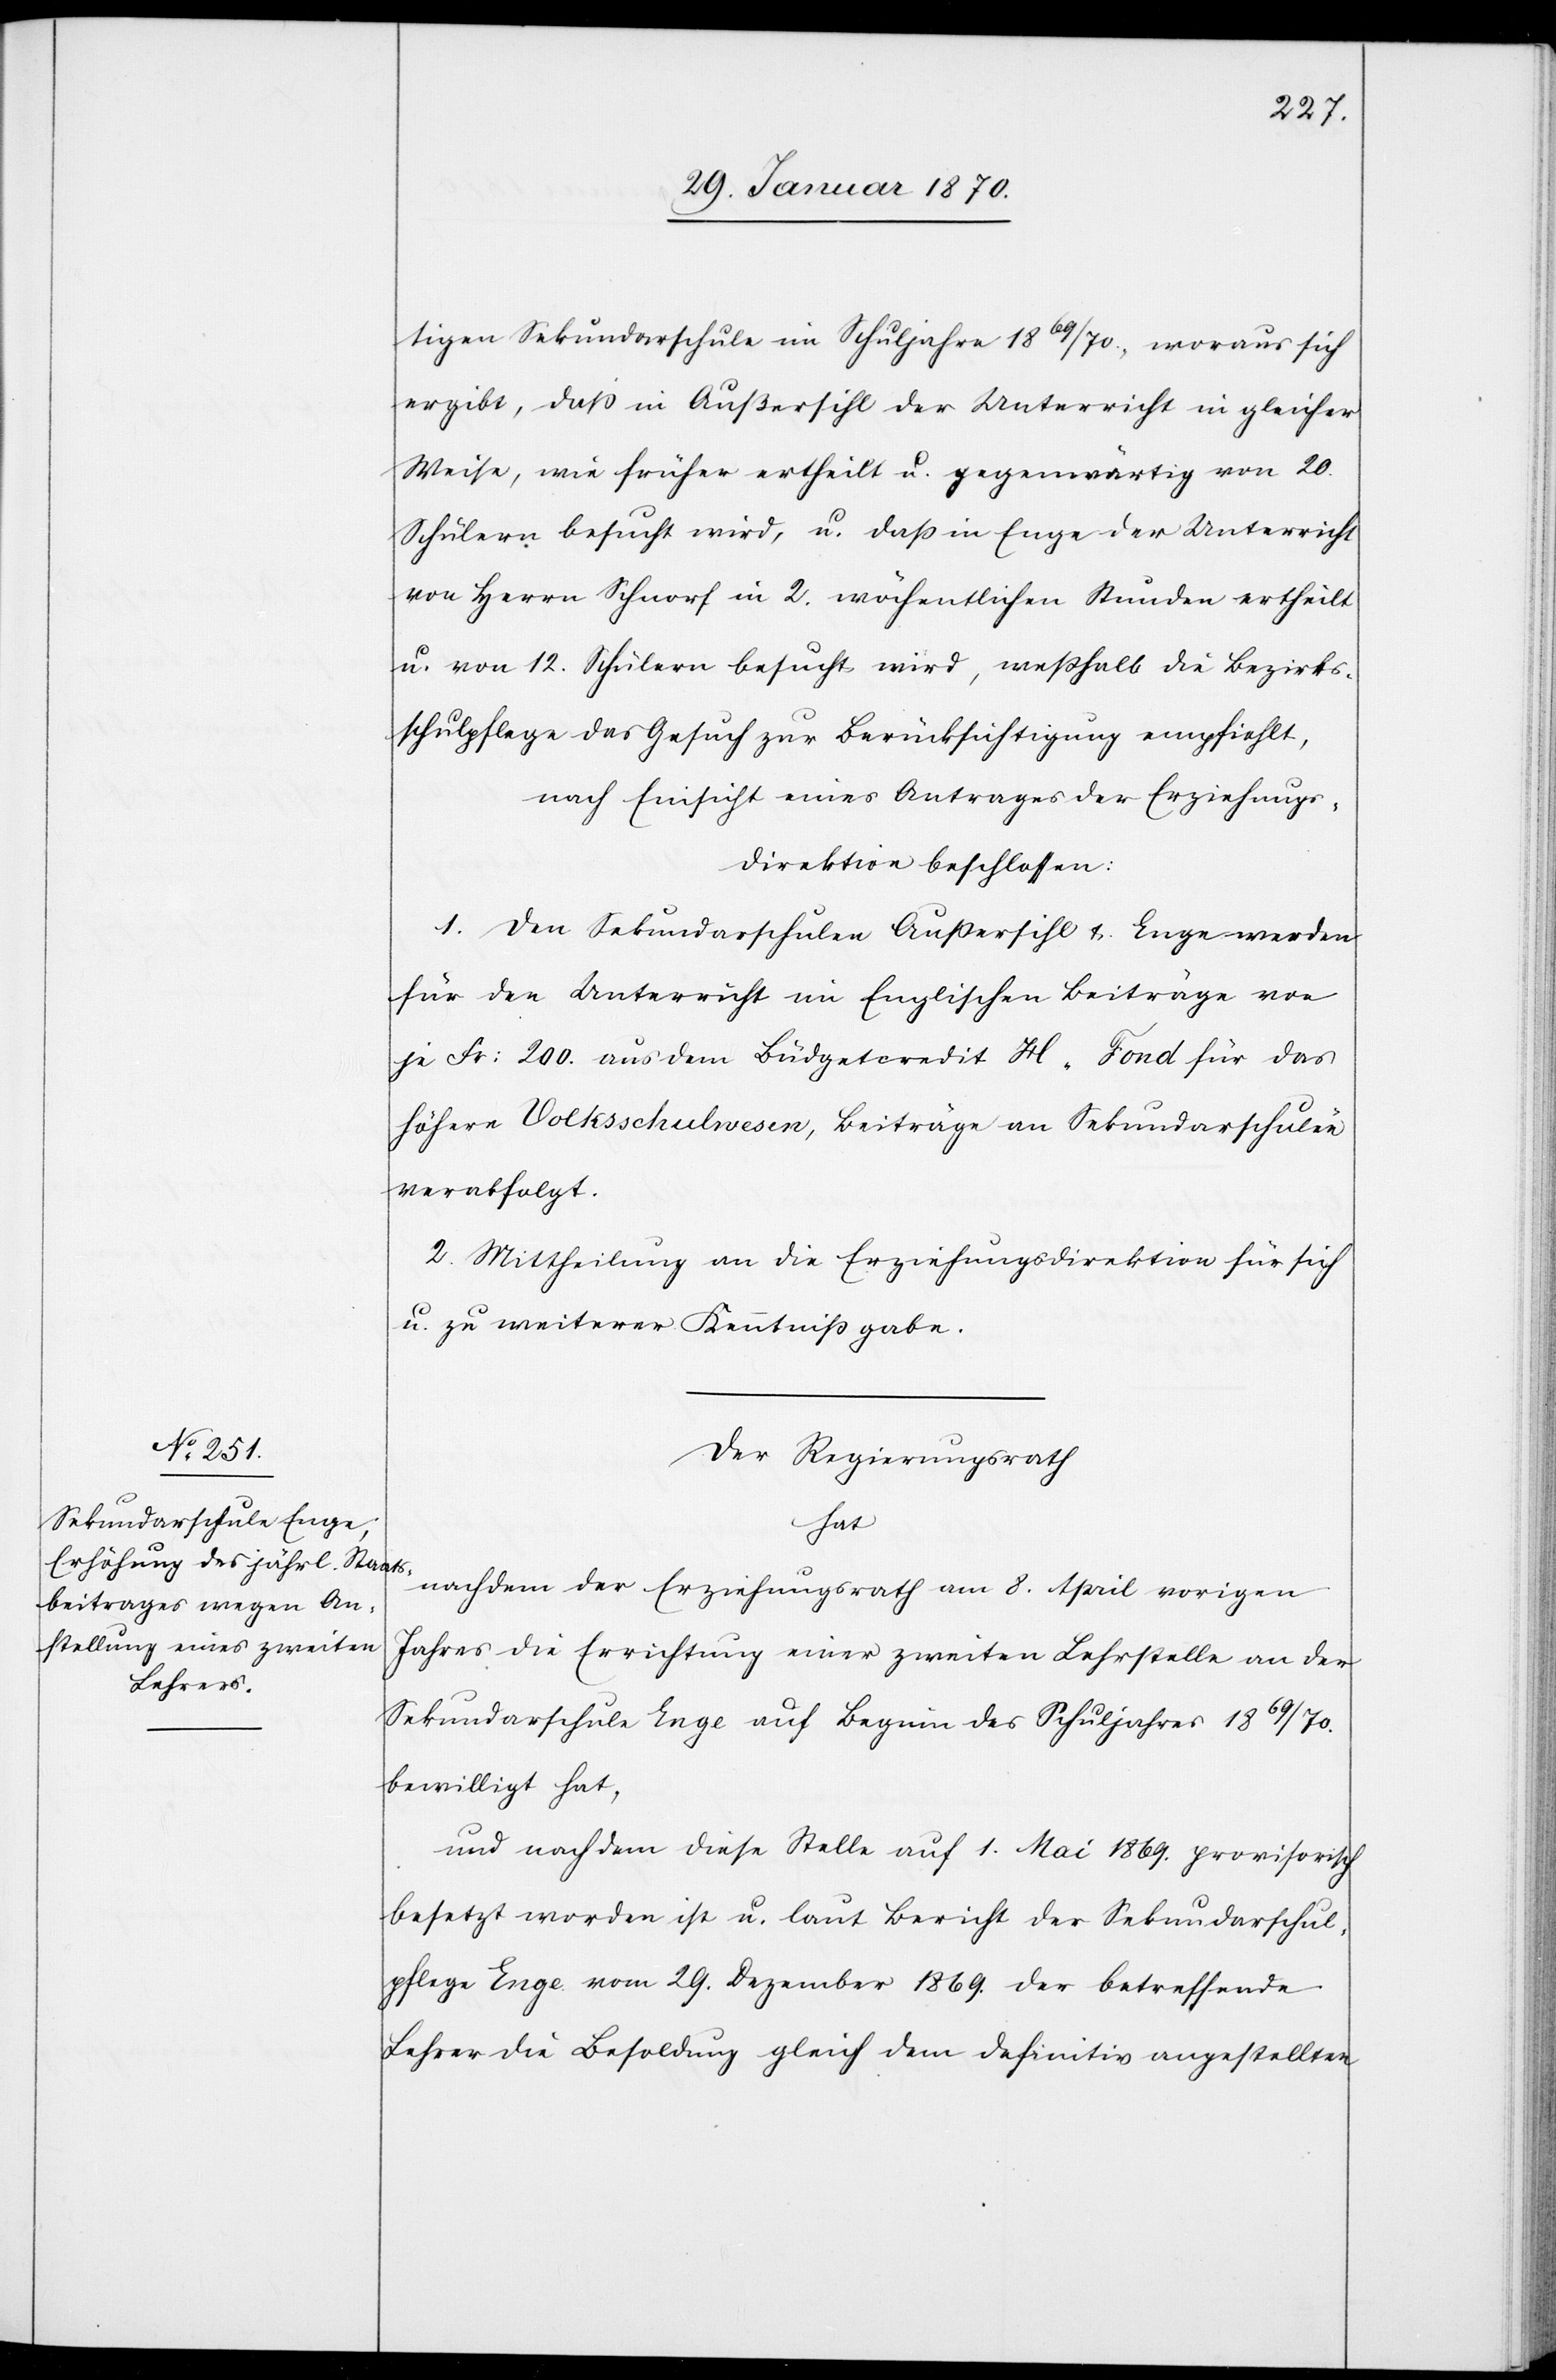
tigen Sekundarschule im Schuljahre 1869/70, woraus sich
ergibt, daß in Außersihl der Unterricht in gleicher
Weise, wie früher ertheilt u. gegenwärtig von 20.
Schülern besucht wird, u. daß in Enge der Unterricht
von Herrn Schnorf in 2. wöchentlichen Stunden ertheilt
u. von 12. Schülern besucht wird, weßhalb die Bezirks¬
schulpflege das Gesuch zur Berücksichtigung empfiehlt,
nach Einsicht eines Antrages der Erziehungs¬
direktion beschlossen:
1. Den Sekundarschulen Außersihl u. Enge werden
für den Unterricht im Englischen Beiträge von
je Fr: 200. aus dem Büdgetcredit H Fond für das
höhere Volksschulwesen, Beiträge an Sekundarschulen
verabfolgt.
2. Mittheilung an die Erziehungsdirektion für sich
u. zu weiterer Kenntnißgabe.
Der Regierungsrath
hat
nachdem der Erziehungsrath am 8. April vorigen
Jahres die Errichtung einer zweiten Lehrstelle an der
Sekundarschule Enge auf Beginn des Schuljahres 1869/70.
bewilligt hat,
und nachdem diese Stelle auf 1. Mai 1869. provisorisch
besetzt worden ist u. laut Bericht der Sekundarschul¬
pflege Enge vom 29. Dezember 1869. der betreffende
Lehrer die Besoldung gleich dem definitiv angestellten